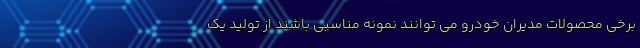
برخی محصولات مدیران خودرو می توانند نمونه مناسبی باشند از تولید یک